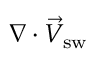
\nabla \cdot \vec { V } _ { \mathrm { s w } }